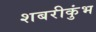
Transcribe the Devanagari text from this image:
शबरीकुंभ